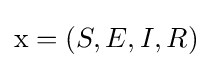
\mathrm {x} =(S,E,I,R)